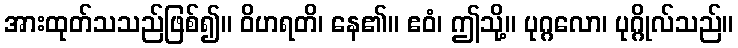
အားထုတ်သသည်ဖြစ်၍။ ဝိဟရတိ၊ နေ၏။ ဧဝံ၊ ဤသို့။ ပုဂ္ဂလော၊ ပုဂ္ဂိုလ်သည်။